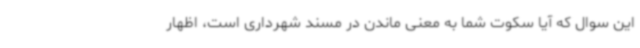
این سوال که آیا سکوت شما به معنی ماندن در مسند شهرداری است، اظهار